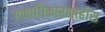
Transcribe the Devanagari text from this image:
एकाधिकारशाहीस